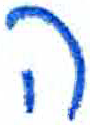
אות: ה